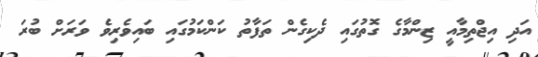
އަދި އިޖްތިމާއީ ޒިންމާގެ ގޮތުގައި ދެކިގެން ތަފާތު ކަންކަމުގައި ބައިވެރިވެ ވަރަށް ބުރަ